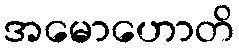
အမောဟောတိ